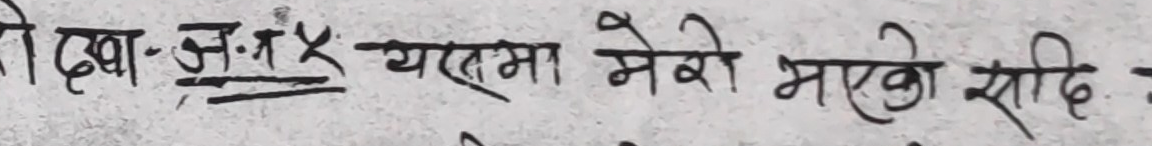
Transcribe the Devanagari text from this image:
देखा-अ.अ.४ यस्मा मेरो भएको सादि